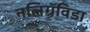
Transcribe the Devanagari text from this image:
नलिग्रॅविडा